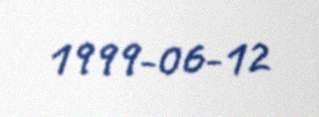
1999-06-12